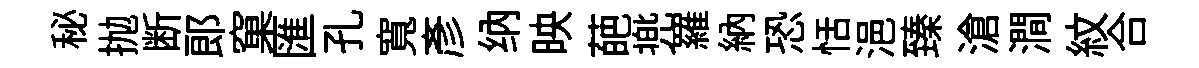
秘抛断郞窠匯孔寬彦纳映葩兠羅納恐恬浥臻滄澗紋合